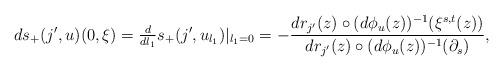
LaTeX: \begin{align*}ds_+(j',u)(0,\xi)=\tfrac{d}{dl_1}s_+(j',u_{l_1})|_{l_1=0}= -\frac{d r_{j'}(z)\circ (d\phi_u (z))^{-1} (\xi^{s,t}(z)) }{dr_{j'}(z)\circ (d\phi_u(z))^{-1} (\partial_s) },\end{align*}